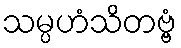
သမ္ပဟံသိတဗ္ဗံ